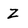
Character: Z